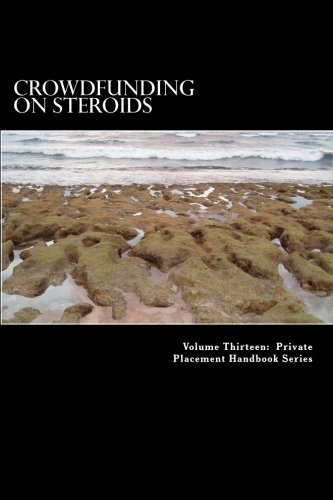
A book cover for Crowdfunding on Steroids: General Solicitation under Rule 506(c) (Private Placement Law Series) (Volume 4); Douglas Slain; Business & Money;